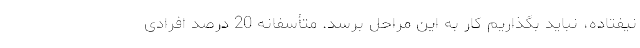
نیفتاده، نباید بگذاریم کار به این مراحل برسد. متأسفانه 20 درصد افرادی